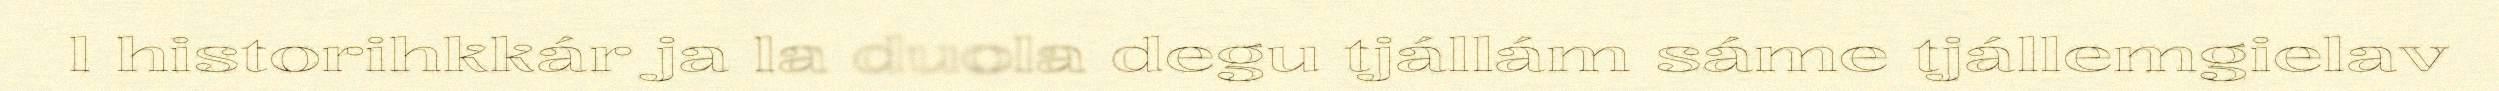
l historihkkár ja la duola degu tjállám sáme tjállemgielav